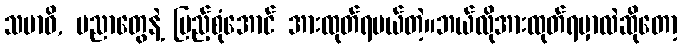
သမာဓိ, ပညာတွေနဲ့ ပြည့်စုံအောင် အားထုတ်ရမယ်တဲ့။ဘယ်လိုအားထုတ်ရမှာလဲဆိုတော့